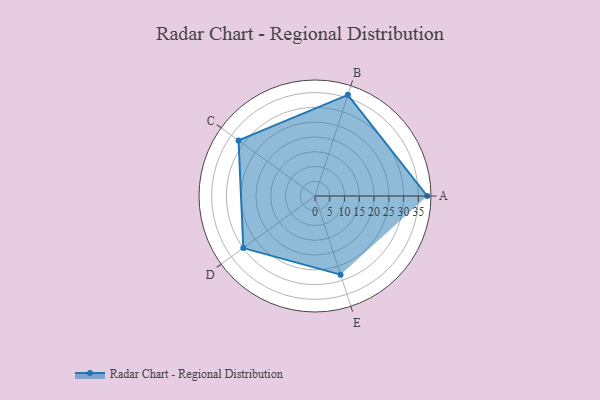
{"axis": {"x": "Skill", "y": "Score"}, "legend": ["Profile"], "data": [{"x": "A", "y": 38.0, "type": "Profile"}, {"x": "B", "y": 36.0, "type": "Profile"}, {"x": "C", "y": 32.0, "type": "Profile"}, {"x": "D", "y": 30.0, "type": "Profile"}, {"x": "E", "y": 28.0, "type": "Profile"}]}